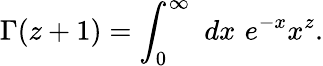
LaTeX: \Gamma(z+1)=\int_{0}^{\infty}\, \, dx\, \, e^{-x}x^{z}.